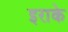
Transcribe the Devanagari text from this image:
इराके